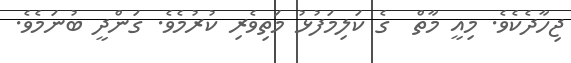
ޖިހާދެކެވެ. މިއީ މާތް  ގެ ކަލިމަފުޅު މަތިވެރި ކުރުމެވެ. ގަންދީ ބުނަމެވެ.